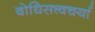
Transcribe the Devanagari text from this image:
बोधिसत्त्वचर्या